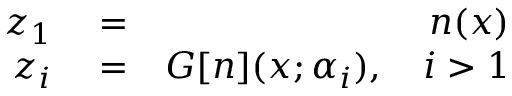
\begin{array} { r l r } { z _ { 1 } } & { { } = } & { n ( x ) } \\ { z _ { i } } & { { } = } & { G [ n ] ( x ; \alpha _ { i } ) , \quad i > 1 } \end{array}